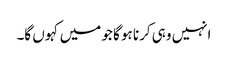
انہیں وہی کرنا ہو گا جو میں کہوں گا۔